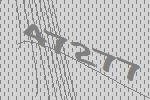
47277